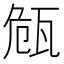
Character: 𭺠